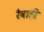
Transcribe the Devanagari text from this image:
रैवाड़ी